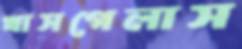
খাসগেলাস